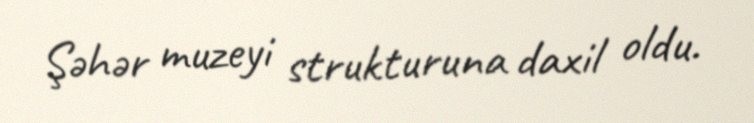
Şəhər muzeyi strukturuna daxil oldu.